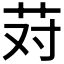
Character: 𰰱